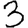
Digit: 3